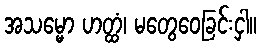
အသမ္မော ဟတ္ထံ၊ မတွေဝေခြင်းငှါ။